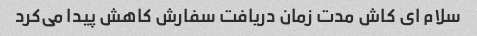
سلام ای کاش مدت زمان دریافت سفارش کاهش پیدا می‌کرد